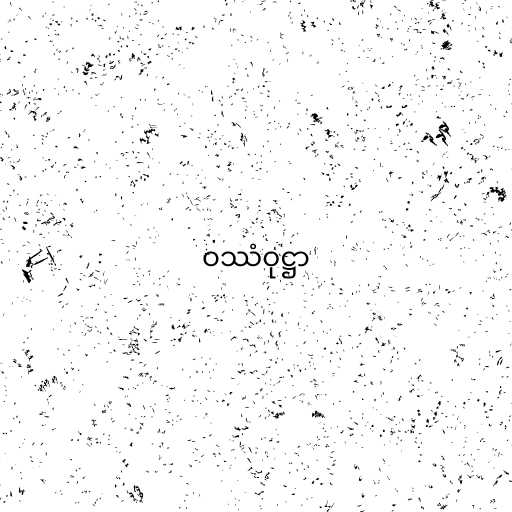
ဝဿံဝုဋ္ဌာ